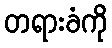
တရားခံကို